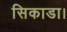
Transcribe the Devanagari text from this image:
सिकाडा।